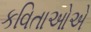
કવિતાઓએ